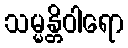
သမ္မန္တိဝါရော